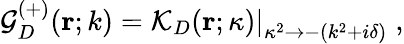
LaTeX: {\mathcal G}_{{D}}^{(+)}({\mathbf r};k)=\left.{\mathcal K}_{{D}}({\mathbf r};\kappa)\right|_{\kappa^{2}\rightarrow-(k^{2}+i\delta)}\; ,